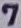
Text: 7